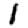
Digit: 1